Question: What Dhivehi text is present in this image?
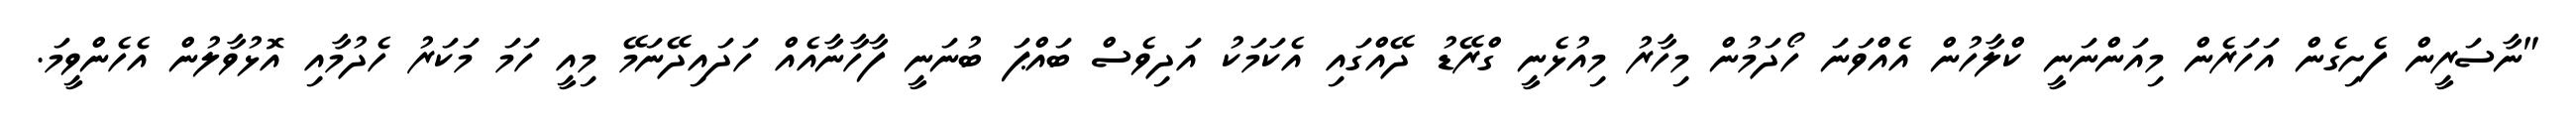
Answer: "ނާސަރީން ފެށިގެން އަހަރެން މިއަންނަނީ ކްލާހުން އެއްވަނަ ހޯދަމުން މިހާރު މިއުޅެނީ ގްރޭޑު ދޭއްގައި އެކަމަކު އަދިވެސް ބައްޕަ ބުނަނީ ފާހާނާއެއް ހަދައިދޭނަމޭ މިއީ ހަމަ މަކަރު ހެދުމާއި އޮޅުވާލުން އެހެންވީމަ.